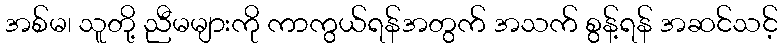
အစ်မ၊ သူတို့ ညီမများကို ကာကွယ်ရန်အတွက် အသက် စွန့်ရန် အဆင်သင့်